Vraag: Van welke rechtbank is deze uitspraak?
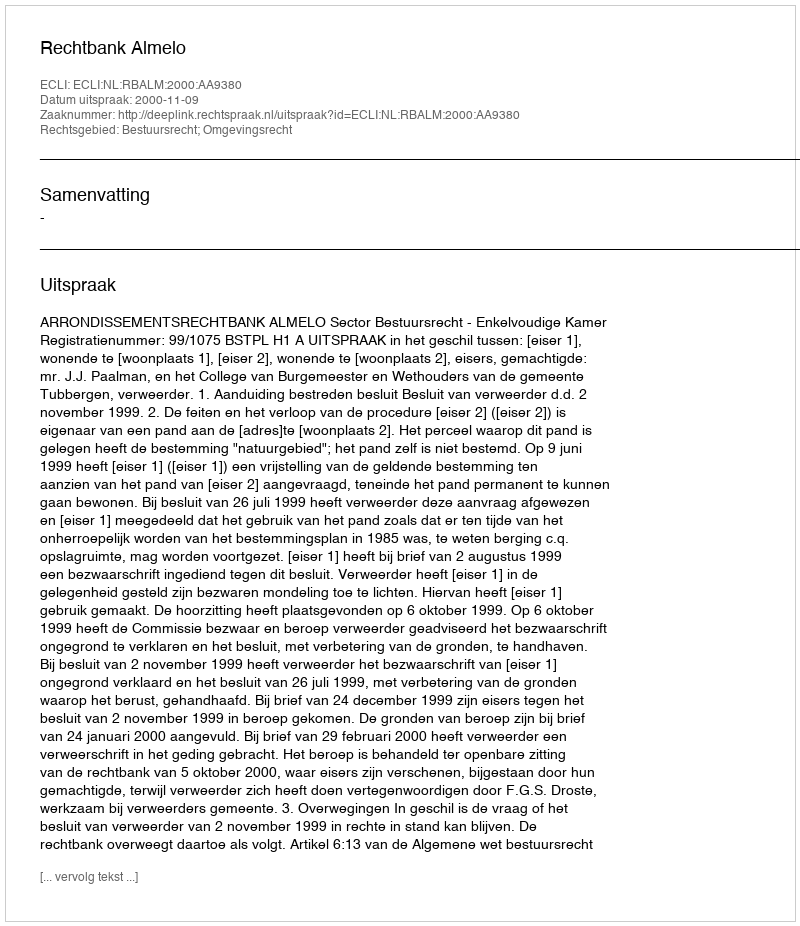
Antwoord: Rechtbank Almelo